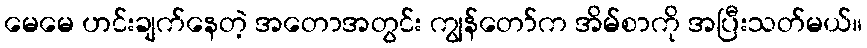
မေမေ ဟင်းချက်နေတဲ့ အတောအတွင်း ကျွန်တော်က အိမ်စာကို အပြီးသတ်မယ်။